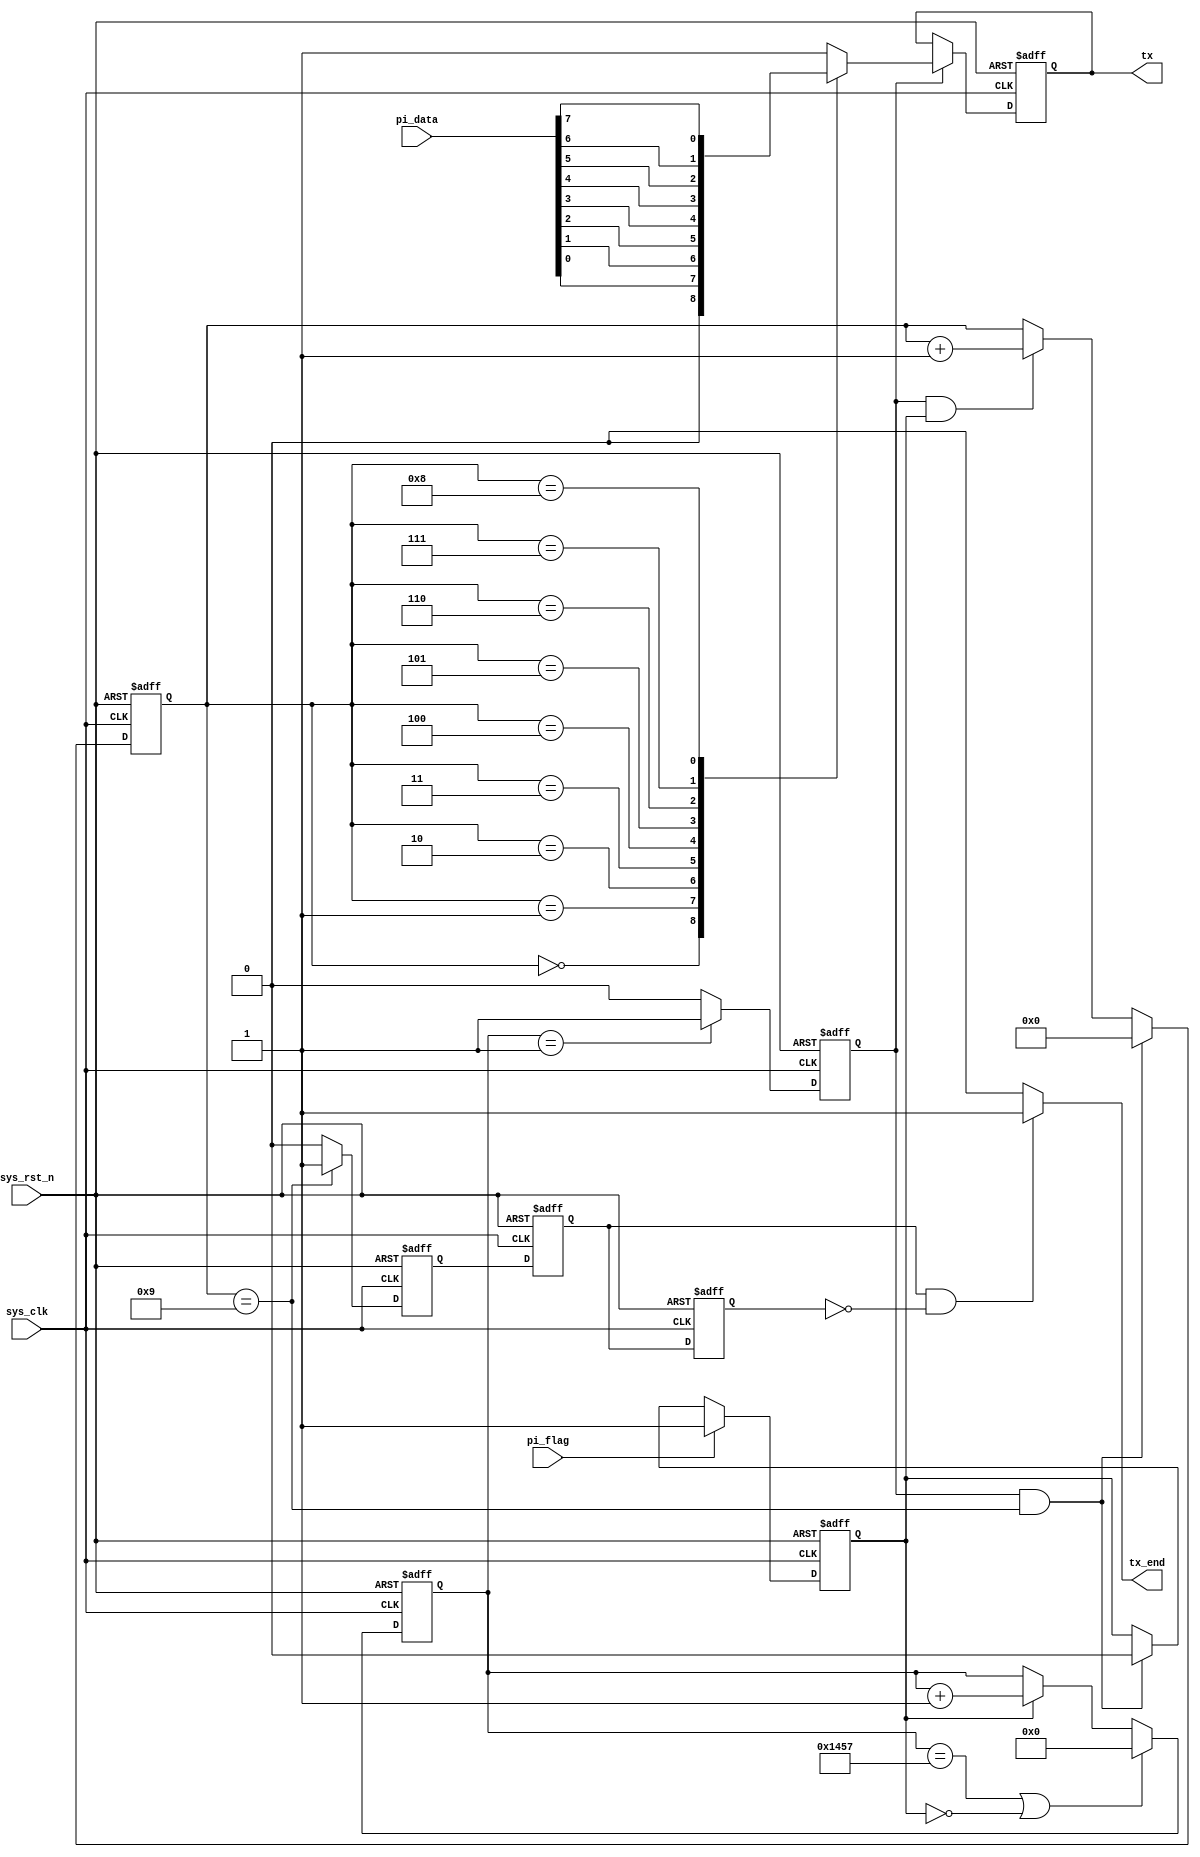
`timescale  1ns/1ns
module  uart_tx
#(
    parameter   UART_BPS    =   'd9600,         //
    parameter   CLK_FREQ    =   'd50_000_000    //
)
(
     input   wire            sys_clk     ,   //50MHz
     input   wire            sys_rst_n   ,   //
     input   wire    [7:0]   pi_data     ,   //8bit
     input   wire            pi_flag     ,   //
 
     output  reg             tx          ,       //1bit
     output  wire            tx_end      
);

//********************************************************************//
//****************** Parameter and Internal Signal *******************//
//********************************************************************//
//localparam    define
localparam  BAUD_CNT_MAX    =   CLK_FREQ/UART_BPS   ;

//reg   define
reg [12:0]  baud_cnt;
reg         bit_flag;
reg [3:0]   bit_cnt ;
reg         work_en ;

//********************************************************************//
//***************************** Main Code ****************************//
//********************************************************************//
//work_en:
always@(posedge sys_clk or negedge sys_rst_n)
        if(sys_rst_n == 1'b0)
            work_en <= 1'b0;
        else    if(pi_flag == 1'b1)
            work_en <= 1'b1;
        else    if((bit_flag == 1'b1) && (bit_cnt == 4'd9))
            work_en <= 1'b0;

//baud_cnt:0BAUD_CNT_MAX - 1
always@(posedge sys_clk or negedge sys_rst_n)
        if(sys_rst_n == 1'b0)
            baud_cnt <= 13'b0;
        else    if((baud_cnt == BAUD_CNT_MAX - 1) || (work_en == 1'b0))
            baud_cnt <= 13'b0;
        else    if(work_en == 1'b1)
            baud_cnt <= baud_cnt + 1'b1;

//bit_flag:baud_cnt1bit_flag
always@(posedge sys_clk or negedge sys_rst_n)
        if(sys_rst_n == 1'b0)
            bit_flag <= 1'b0;
        else    if(baud_cnt == 13'd1)
            bit_flag <= 1'b1;
        else
            bit_flag <= 1'b0;

//bit_cnt:10
always@(posedge sys_clk or negedge sys_rst_n)
    if(sys_rst_n == 1'b0)
        bit_cnt <= 4'b0;
    else    if((bit_flag == 1'b1) && (bit_cnt == 4'd9))
        bit_cnt <= 4'b0;
    else    if((bit_flag == 1'b1) && (work_en == 1'b1))
        bit_cnt <= bit_cnt + 1'b1;

//tx:rs23201
always@(posedge sys_clk or negedge sys_rst_n)
        if(sys_rst_n == 1'b0)
            tx <= 1'b1; //
        else    if(bit_flag == 1'b1)
            case(bit_cnt)
                0       : tx <= 1'b0;
                1       : tx <= pi_data[0];
                2       : tx <= pi_data[1];
                3       : tx <= pi_data[2];
                4       : tx <= pi_data[3];
                5       : tx <= pi_data[4];
                6       : tx <= pi_data[5];
                7       : tx <= pi_data[6];
                8       : tx <= pi_data[7];
                9       : tx <= 1'b1;
                default : tx <= 1'b1;
            endcase
//tx=9
reg flag_cnt9;
always @(posedge sys_clk or negedge sys_rst_n) begin
    if(sys_rst_n == 1'b0)
        flag_cnt9 <= 1'b0;
    else if(bit_cnt == 4'd9)
        flag_cnt9 <= 1'b1;
    else
        flag_cnt9 <= 1'b0;
end
reg cn1 , cn2;
always@(posedge sys_clk or negedge sys_rst_n) begin
    if(sys_rst_n == 1'b0) begin
        cn1 <= 1'b0;
        cn2 <= 1'b0; 
        end
    else begin
        cn1 <= flag_cnt9;
        cn2 <= cn1; 
        end
end
assign tx_end = ((cn1)&&(~cn2))?    1'b1:1'b0   ;

endmodule